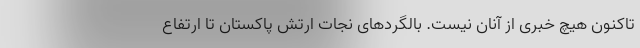
تاکنون هیچ خبری از آنان نیست. بالگردهای نجات ارتش پاکستان تا ارتفاع